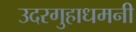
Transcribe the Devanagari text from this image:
उदरगुहाधमनी